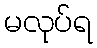
မလုပ်ရ